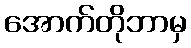
အောက်တိုဘာမှ